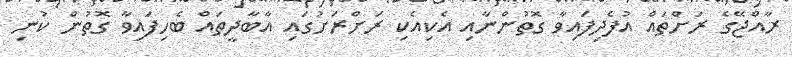
ރާއްޖޭގެ ރަށްތައް އުފެދިފައިވާ ގޮތުންނާއި އެކިއެކި ރަށްރަށުގައި އާބާދީތައް ބެހިފައިވާ ގޮތުން ކުނި